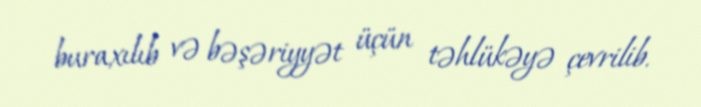
buraxılıb və bəşəriyyət üçün təhlükəyə çevrilib.